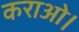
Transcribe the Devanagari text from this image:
कराओ।